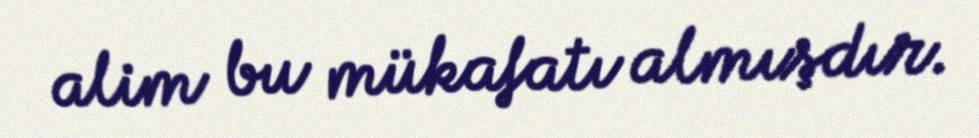
alim bu mükafatı almışdır.